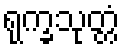
ရုက္ခသုတ္တံ